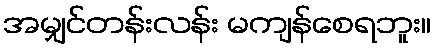
အမျှင်တန်းလန်း မကျန်စေရဘူး။